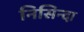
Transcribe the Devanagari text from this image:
निसिन्दा